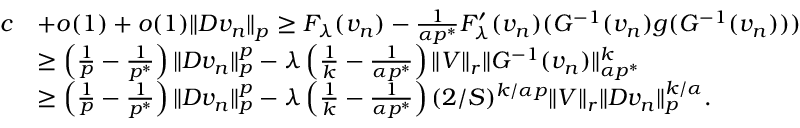
\begin{array} { r l } { c } & { + o ( 1 ) + o ( 1 ) \| D v _ { n } \| _ { p } \ge F _ { \lambda } ( v _ { n } ) - \frac { 1 } { \alpha p ^ { * } } F _ { \lambda } ^ { \prime } ( v _ { n } ) ( G ^ { - 1 } ( v _ { n } ) g ( G ^ { - 1 } ( v _ { n } ) ) ) } \\ & { \ge \left( \frac { 1 } { p } - \frac { 1 } { p ^ { * } } \right) \| D v _ { n } \| _ { p } ^ { p } - \lambda \left( \frac 1 k - \frac { 1 } { \alpha p ^ { * } } \right) \| V \| _ { r } \| G ^ { - 1 } ( v _ { n } ) \| _ { \alpha p ^ { * } } ^ { k } } \\ & { \ge \left( \frac { 1 } { p } - \frac { 1 } { p ^ { * } } \right) \| D v _ { n } \| _ { p } ^ { p } - \lambda \left( \frac 1 k - \frac { 1 } { \alpha p ^ { * } } \right) ( 2 / S ) ^ { k / \alpha p } \| V \| _ { r } \| D v _ { n } \| _ { p } ^ { k / \alpha } . } \end{array}